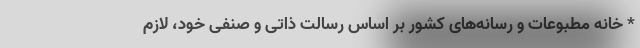
* خانه مطبوعات و رسانه‌های کشور بر اساس رسالت ذاتی و صنفی خود، لازم